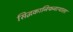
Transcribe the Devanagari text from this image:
सिद्धकानिफनाथाला